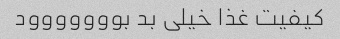
کیفیت غذا خیلی بد بووووووود